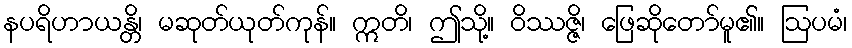
နပရိဟာယန္တိ၊ မဆုတ်ယုတ်ကုန်။ ဣတိ၊ ဤသို့။ ဝိဿဇ္ဇိ၊ ဖြေဆိုတော်မူ၏။ ဩပမံ၊